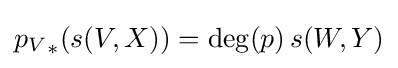
{p_{V}}_{*}(s(V,X))=\operatorname {deg} (p)\,s(W,Y)